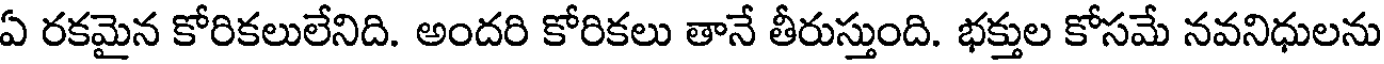
ఏ రకమైన కోరికలులేనిది. అందరి కోరికలు తానే తీరుస్తుంది. భక్తుల కోసమే నవనిధులను